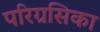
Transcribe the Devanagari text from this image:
परिग्रसिका